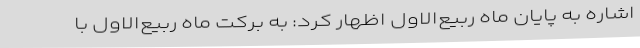
اشاره به پایان ماه ربیع‌الاول اظهار کرد: به برکت ماه ربیع‌الاول با